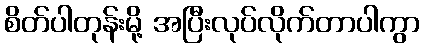
စိတ်ပါတုန်းမို့ အပြီးလုပ်လိုက်တာပါကွာ